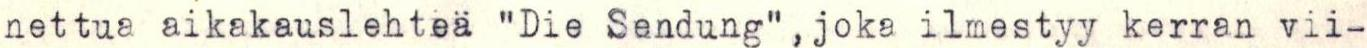
nettua aikakauslehteä "Die Sendung",joka ilmestyy kerran vii-